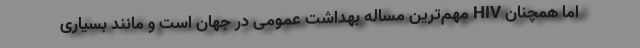
اما همچنان ‌HIV مهم‌ترین مساله بهداشت عمومی در جهان است و مانند بسیاری